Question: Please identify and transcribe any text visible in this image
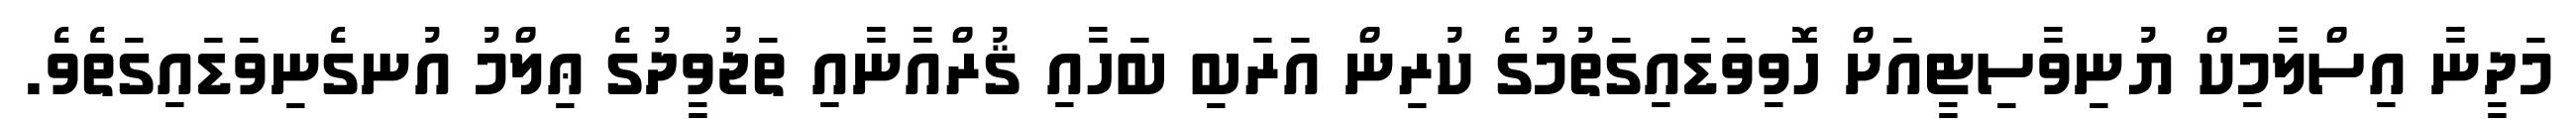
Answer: މަދީނާ އިސްލާމިކް ޔުނިވާސިޓީއަށް ހޮވިވަޑައިގަތުމުގެ ކުރިން އަރަބި ބަހާއި ޤުރްއާނާއި ތަޖުވީދުގެ ޢިލްމު އުނގެނިވަޑައިގަތެވެ.